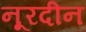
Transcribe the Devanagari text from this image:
नूरदीन